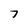
Character: 7